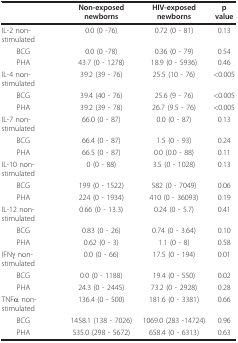
<table><thead><tr><td></td><td><b>Non-exposed newborns</b></td><td><b>HIV-exposed newborns</b></td><td><b>p value</b></td></tr></thead><tbody><tr><td>IL-2 non-stimulated</td><td>0.0 (0 -76)</td><td>0.72 (0 - 81)</td><td>0.13</td></tr><tr><td> BCG</td><td>0.0 (0 -78)</td><td>0.36 (0 - 79)</td><td>0.54</td></tr><tr><td> PHA</td><td>43.7 (0 - 1278)</td><td>18.9 (0 - 5936)</td><td>0.46</td></tr><tr><td>IL-4 non-stimulated</td><td>39.2 (39 - 76)</td><td>25.5 (10 - 76)</td><td>&lt;0.005</td></tr><tr><td> BCG</td><td>39.4 (40 - 76)</td><td>25.6 (9 - 76)</td><td>&lt;0.005</td></tr><tr><td> PHA</td><td>39.2 (39 - 78)</td><td>26.7 (9.5 - 76)</td><td>&lt;0.005</td></tr><tr><td>IL-7 non-stimulated</td><td>66.0 (0 - 87)</td><td>0.0 (0 - 87)</td><td>0.13</td></tr><tr><td> BCG</td><td>66.4 (0 - 87)</td><td>1.5 (0 - 93)</td><td>0.24</td></tr><tr><td> PHA</td><td>66.5 (0 - 87)</td><td>0.0 (0.0 - 88)</td><td>0.11</td></tr><tr><td>IL-10 non-stimulated</td><td>0 (0 - 88)</td><td>3.5 (0 - 1028)</td><td>0.13</td></tr><tr><td> BCG</td><td>199 (0 - 1522)</td><td>582 (0 - 7049)</td><td>0.06</td></tr><tr><td> PHA</td><td>224 (0 - 1934)</td><td>410 (0 - 36093)</td><td>0.19</td></tr><tr><td>IL-12 non-stimulated</td><td>0.66 (0 - 13.3)</td><td>0.24 (0 - 5.7)</td><td>0.41</td></tr><tr><td> BCG</td><td>0.83 (0 - 26)</td><td>0.74 (0 - 3.64)</td><td>0.10</td></tr><tr><td> PHA</td><td>0.62 (0 - 3)</td><td>1.1 (0 - 8)</td><td>0.58</td></tr><tr><td>IFNγ non-stimulated</td><td>0.0 (0 - 66)</td><td>17.5 (0 - 194)</td><td>0.01</td></tr><tr><td> BCG</td><td>0.0 (0 - 1188)</td><td>19.4 (0 - 550)</td><td>0.02</td></tr><tr><td> PHA</td><td>24.3 (0 - 2445)</td><td>73.2 (0 - 2928)</td><td>0.28</td></tr><tr><td>TNFα non-stimulated</td><td>136.4 (0 - 500)</td><td>181.6 (0 - 3381)</td><td>0.66</td></tr><tr><td> BCG</td><td>1458.1 (138 - 7026)</td><td>1069.0 (283 -14724)</td><td>0.96</td></tr><tr><td> PHA</td><td>535.0 (298 - 5672)</td><td>658.4 (0 - 6313)</td><td>0.63</td></tr></tbody></table>